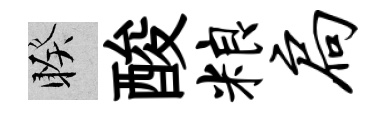
睽酸粮扃